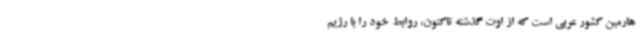
هارمین کشور عربی است که از اوت گذشته تاکنون، روابط خود را با رژیم